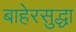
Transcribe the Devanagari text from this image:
बाहेरसुद्धा